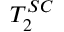
T _ { 2 } ^ { S C }